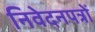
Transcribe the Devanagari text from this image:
निवेदनपत्रों